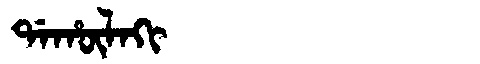
Manchu: ᡩᠠᡥᡡᠯᠠᡴᡳ
Romanization: DAHŪLAKI